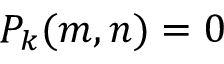
P _ { k } ( m , n ) = 0